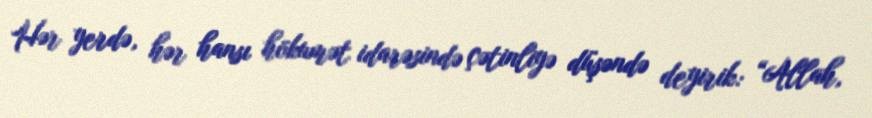
Hər yerdə, hər hansı hökumət idarəsində çətinliyə düşəndə deyirik: “Allah,